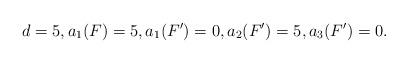
LaTeX: \begin{align*} d = 5, a_1(F) = 5, a_1(F') = 0, a_2(F') = 5, a_3(F') = 0.\end{align*}